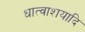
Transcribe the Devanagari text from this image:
धात्वाशयादि